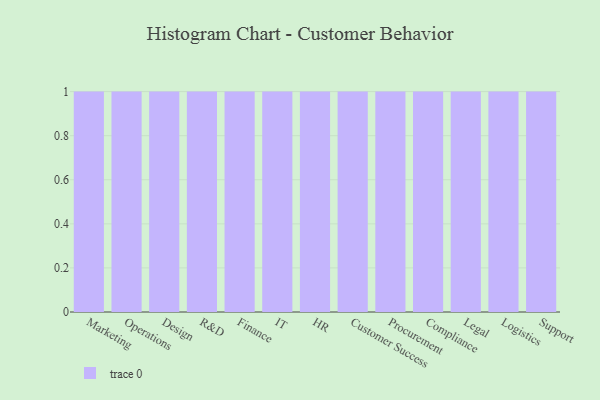
{"axis": {"x": "Department", "y": "Page Views"}, "legend": [""], "data": [{"x": "Marketing", "y": 21, "type": ""}, {"x": "Operations", "y": 25, "type": ""}, {"x": "Design", "y": 11, "type": ""}, {"x": "R&D", "y": 20, "type": ""}, {"x": "Finance", "y": 4, "type": ""}, {"x": "IT", "y": 47, "type": ""}, {"x": "HR", "y": 72, "type": ""}, {"x": "Customer Success", "y": 41, "type": ""}, {"x": "Procurement", "y": 17, "type": ""}, {"x": "Compliance", "y": 60, "type": ""}, {"x": "Legal", "y": 45, "type": ""}, {"x": "Logistics", "y": 48, "type": ""}, {"x": "Support", "y": 12, "type": ""}]}